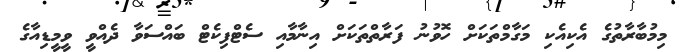
މިމުބާރާތުގެ އެކިއެކި މަގާމްތަކަށް ހޮވުނު ފަރާތްތަކަށް އިނާމާއި ސެޓްފިކެޓް ބައްސަވާ ދެއްވީ ވީމީޑިއާގެ